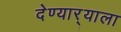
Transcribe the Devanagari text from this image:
देण्यार्‍याला